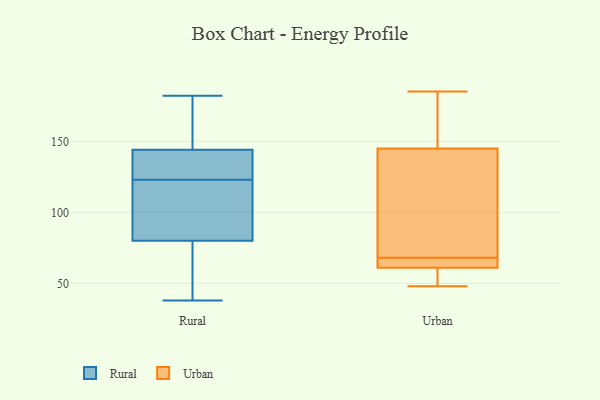
{"axis": {"x": "Shipments", "y": "Value"}, "legend": ["Rural", "Urban"], "data": [{"x": "", "y": 182, "type": "Rural"}, {"x": "", "y": 121, "type": "Rural"}, {"x": "", "y": 60, "type": "Rural"}, {"x": "", "y": 170, "type": "Rural"}, {"x": "", "y": 75, "type": "Rural"}, {"x": "", "y": 38, "type": "Rural"}, {"x": "", "y": 142, "type": "Rural"}, {"x": "", "y": 93, "type": "Rural"}, {"x": "", "y": 104, "type": "Rural"}, {"x": "", "y": 130, "type": "Rural"}, {"x": "", "y": 97, "type": "Rural"}, {"x": "", "y": 80, "type": "Rural"}, {"x": "", "y": 40, "type": "Rural"}, {"x": "", "y": 147, "type": "Rural"}, {"x": "", "y": 125, "type": "Rural"}, {"x": "", "y": 129, "type": "Rural"}, {"x": "", "y": 166, "type": "Rural"}, {"x": "", "y": 144, "type": "Rural"}, {"x": "", "y": 58, "type": "Urban"}, {"x": "", "y": 109, "type": "Urban"}, {"x": "", "y": 48, "type": "Urban"}, {"x": "", "y": 69, "type": "Urban"}, {"x": "", "y": 67, "type": "Urban"}, {"x": "", "y": 145, "type": "Urban"}, {"x": "", "y": 61, "type": "Urban"}, {"x": "", "y": 158, "type": "Urban"}, {"x": "", "y": 185, "type": "Urban"}, {"x": "", "y": 64, "type": "Urban"}]}